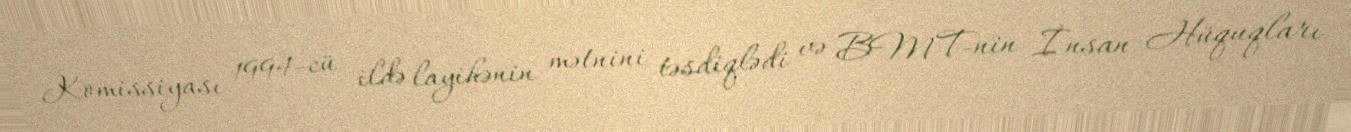
Komissiyası 1994-cü ildə layihənin mətnini təsdiqlədi və BMT-nin İnsan Hüquqları